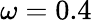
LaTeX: \omega=0.4